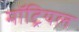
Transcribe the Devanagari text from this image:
मॉट्रियल